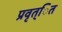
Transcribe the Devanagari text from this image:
प्रवृत्ित